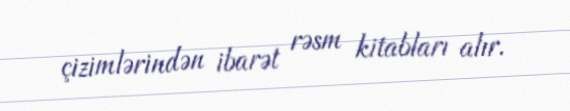
çizimlərindən ibarət rəsm kitabları alır.